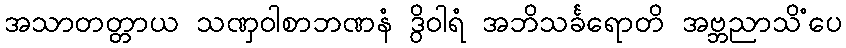
အသာတတ္တာယ သဏှဝါစာဘဏနံ ဒွိဝါရံ အဘိသင်္ခရောတိ အဗ္ဘညာသိံပေ